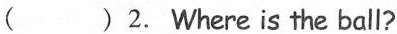
( ) 2. Where is the ball?